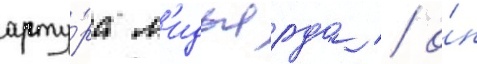
арту́ра л'идьярда / о́н